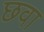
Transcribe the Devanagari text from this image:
छवा